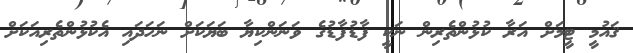
ޤައުމީ ޓީމަށް އަރާ ކުޅުންތެރިން ނަކީ ފާޑުފާޑުގެ ވަނަންކިޔާ ބަޔަކަށް ނަހަދައި އެކުޅުންތެރިއަކަށް